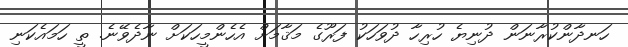
ހަނދާންކުރާނަން ދުނިޔެ ހުރިހާ ދުވަހަކު ފަރޫގެ މަޤާމަށް އެހެންމީހަކަށް ނާދެވޭނެ. ތީ ހަމައެކަނި